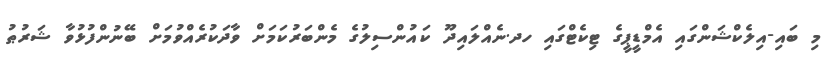
މި ބައި-އިލެކްޝަންގައި އެމްޑީޕީގެ ޓިކެޓްގައި ހދ.ނެއްލައިދޫ ކައުންސިލުގެ މެންބަރުކަމަށް ވާދަކުރެއްވުމަށް ބޭނުންފުޅުވާ ޝަރުޠު